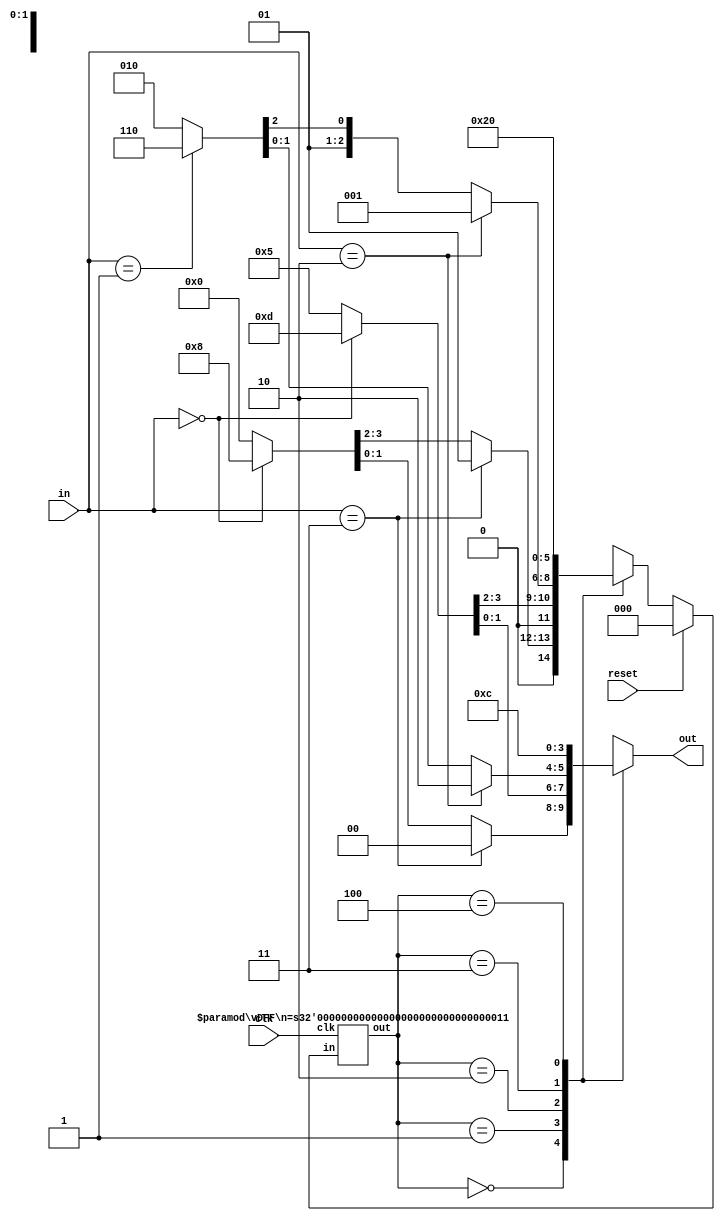
`define Sa 3'b000
`define Sb 3'b001
`define Sc 3'b010
`define Sd 3'b011
`define Se 3'b100

module top_module(clk,reset,in,out);
  input clk, reset;
  input [1:0] in;
  output reg [1:0] out;

  reg [2:0] next_state;
  wire [2:0] present_state, next_state_reset;

  vDFF #(3) vdff(clk, next_state_reset, present_state);
  
  assign next_state_reset = reset ? `Sa : next_state;

  always @(*) begin
    case (present_state)
      `Sa:  if (in == 2'b11)      {next_state, out} = {`Sb, 2'b00};
            else if (in == 2'b00) {next_state, out} = {`Sc, 2'b00};
            else                  {next_state, out} = {`Sa, 2'b00};
      `Sb:  if (in == 2'b00)      {next_state, out} = {`Sd, 2'b01};
            else                  {next_state, out} = {`Sb, 2'b01};
      `Sc:  if (in == 2'b10)      {next_state, out} = {`Sb, 2'b10};
            else if (in == 2'b01) {next_state, out} = {`Sd, 2'b10};
            else                  {next_state, out} = {`Sc, 2'b10};
      `Sd:                        {next_state, out} = {`Se, 2'b11};
      `Se:                        {next_state, out} = {`Sa, 2'b00};
      default:                    {next_state, out} = {5{1'bx}};
    endcase
  end
endmodule

module vDFF(clk, in, out);
  parameter n = 1;
  input clk;
  input [n-1:0] in;
  output reg [n-1:0] out;
  always @(posedge clk) begin
    out <= in;
  end
endmodule